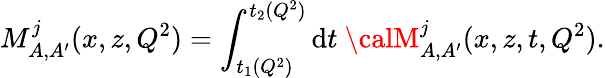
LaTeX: M_{A,A^{\prime}}^{j}(x,z,Q^{2})=\int_{t_{1}(Q^{2})}^{t_{2}(Q^{2})}\mathrm{d}t~{\calM}_{A,A^{\prime}}^{j}(x,z,t,Q^{2}).